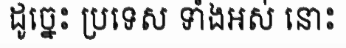
ដូច្នេះ ប្រទេស ទាំងអស់ នោះ